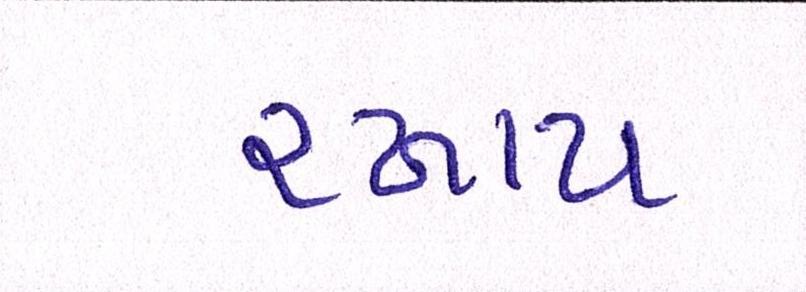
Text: રખાય